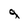
Character: g